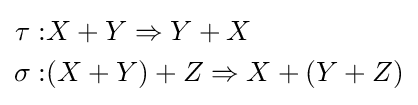
{\begin{aligned}\tau :&X+Y\Rightarrow Y+X\\\sigma :&(X+Y)+Z\Rightarrow X+(Y+Z)\end{aligned}}